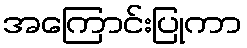
အကြောင်းပြုကာ